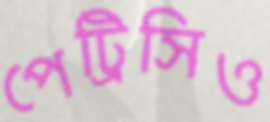
পেট্রিসিও